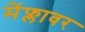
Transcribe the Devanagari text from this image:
मेंफ्लावर